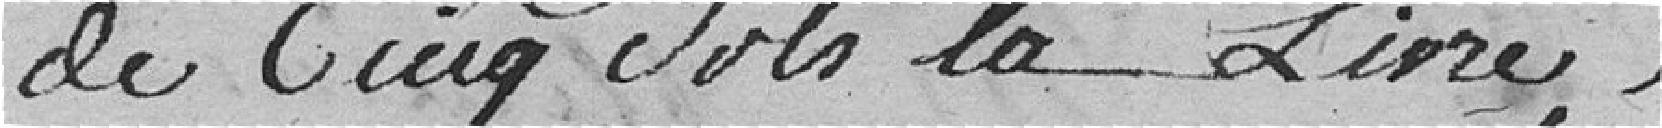
de cinq sols la livre.